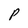
Character: P